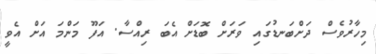
މިހާރުވެސް ދަށްބަނޑުގައި ވަރަށް ބޮޑަށް އެބަ ރިއްސާ. އަފޫ މަންމަ އަށް އެވީ